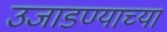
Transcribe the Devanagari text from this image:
उजाडण्याच्या